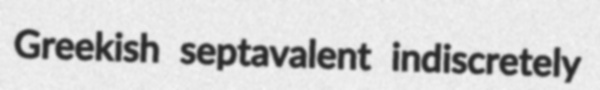
Greekish septavalent indiscretely